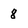
Character: 8